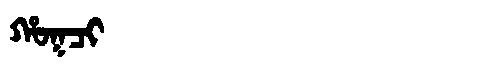
Manchu: ᡥᠣᡴᠴᡳ
Romanization: HOKCI